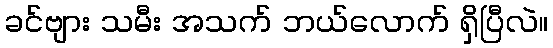
ခင်ဗျား သမီး အသက် ဘယ်လောက် ရှိပြီလဲ။